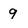
Character: 9